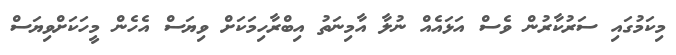
މިކަމުގައި ސަރުކާރުން ވެސް އަޅައެއް ނުލާ އާމިނަތު އިބްރާހިމަކަށް ވިޔަސް އެހެން މީހަކަށްވިޔަސް